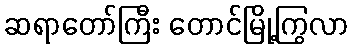
ဆရာတော်ကြီး တောင်မြို့ကြွလာ